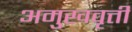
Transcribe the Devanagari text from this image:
अमुखवृत्ती